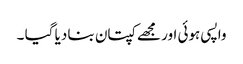
واپسی ہوئی اور مجھے کپتان بنا دیا گیا ۔